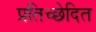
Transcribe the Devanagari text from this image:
प्रतिच्छेदित